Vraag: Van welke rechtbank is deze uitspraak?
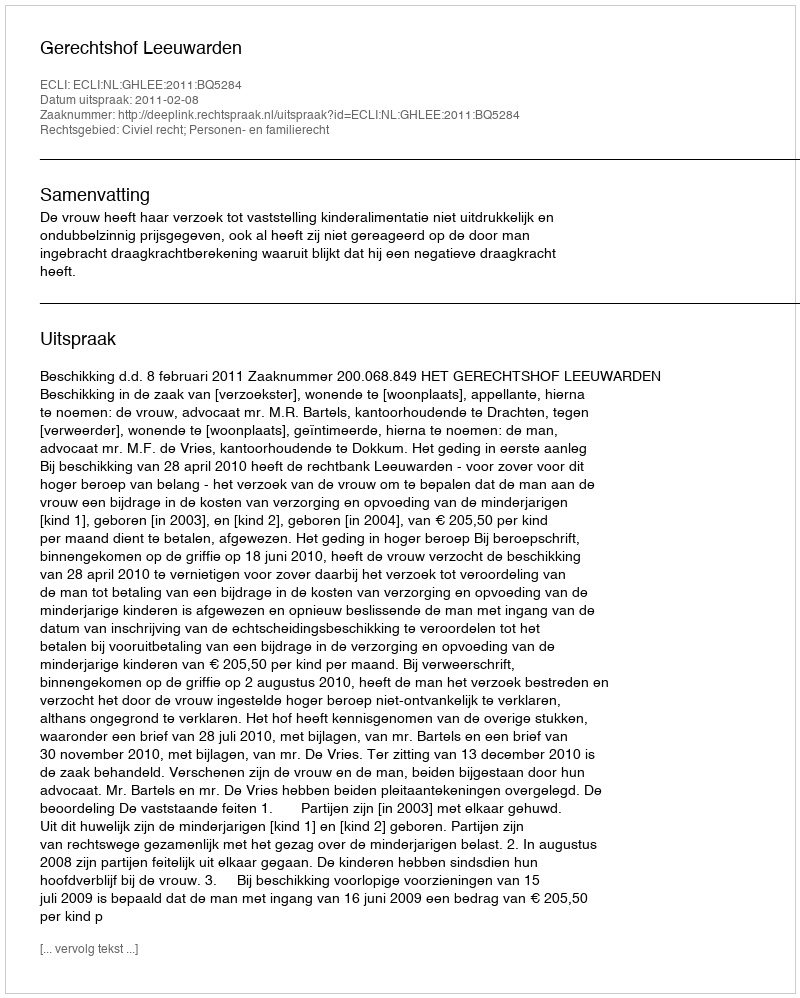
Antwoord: Gerechtshof Leeuwarden